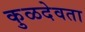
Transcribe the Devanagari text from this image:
कुळदेवता